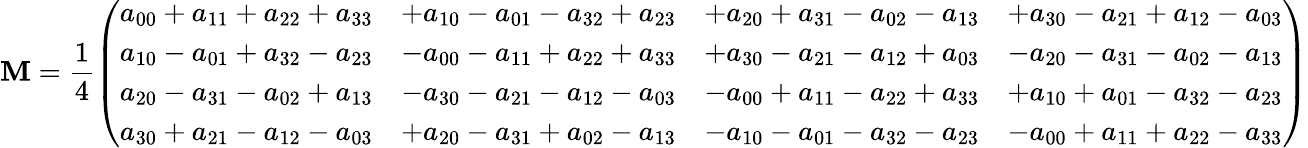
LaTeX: \mathbf{M}={\frac{{1}}{{4}}}{\left(\begin{array}{llll}{a_{00}+a_{11}+a_{22}+a_{33}}&{+a_{10}-a_{01}-a_{32}+a_{23}}&{+a_{20}+a_{31}-a_{02}-a_{13}}&{+a_{30}-a_{21}+a_{12}-a_{03}}\\ {a_{10}-a_{01}+a_{32}-a_{23}}&{-a_{00}-a_{11}+a_{22}+a_{33}}&{+a_{30}-a_{21}-a_{12}+a_{03}}&{-a_{20}-a_{31}-a_{02}-a_{13}}\\ {a_{20}-a_{31}-a_{02}+a_{13}}&{-a_{30}-a_{21}-a_{12}-a_{03}}&{-a_{00}+a_{11}-a_{22}+a_{33}}&{+a_{10}+a_{01}-a_{32}-a_{23}}\\ {a_{30}+a_{21}-a_{12}-a_{03}}&{+a_{20}-a_{31}+a_{02}-a_{13}}&{-a_{10}-a_{01}-a_{32}-a_{23}}&{-a_{00}+a_{11}+a_{22}-a_{33}}\end{array}\right)}